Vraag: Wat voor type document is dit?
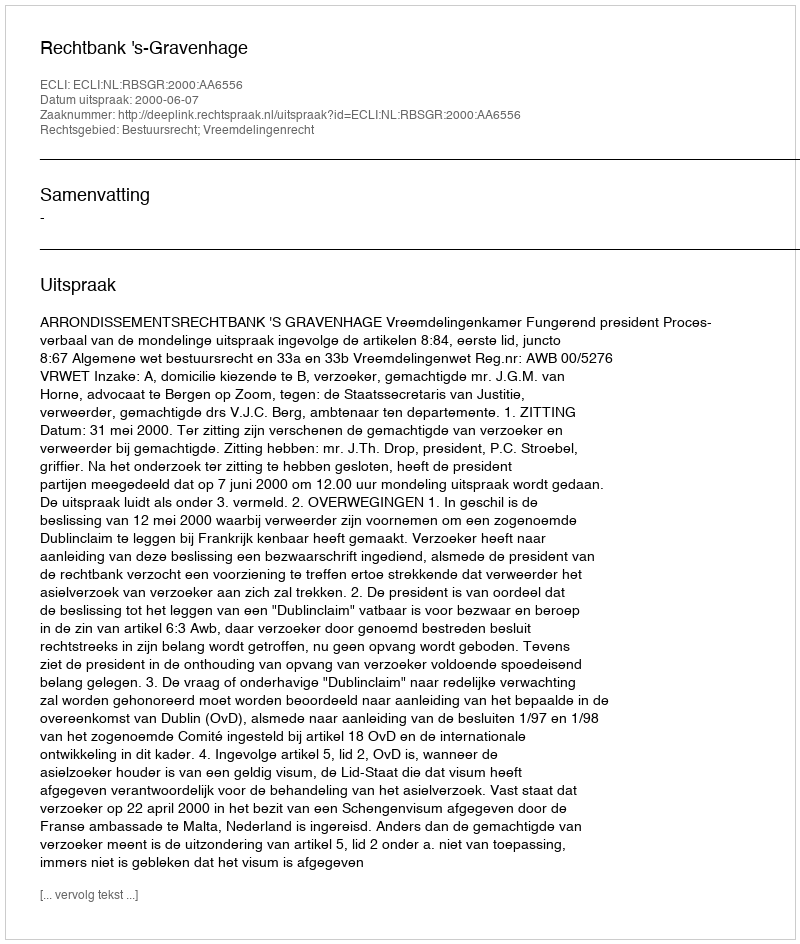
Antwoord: Uitspraak